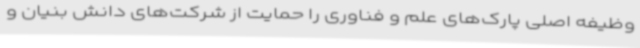
وظیفه اصلی پارک‌های علم و فناوری را حمایت از شرکت‌های دانش بنیان و